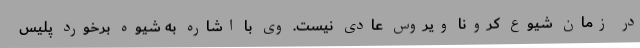
در زمان شیوع کرونا ویروس عادی نیست. وی با اشاره به شیوه برخورد پلیس